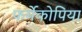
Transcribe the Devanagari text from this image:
फर्मेकोपिया